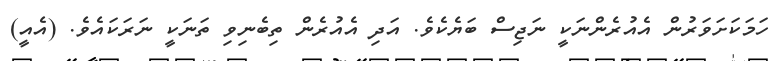
ހަމަކަށަވަރުން އެއުރެންނަކީ ނަޖިސް ބަޔެކެވެ. އަދި އެއުރެން ތިބެނިވި ތަނަކީ ނަރަކައެވެ. (އެއީ)